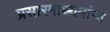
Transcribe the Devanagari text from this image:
प्रसारमाध्यमांना